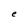
Character: e